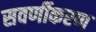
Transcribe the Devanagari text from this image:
सवर्णीकरण